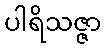
ပါရိသဇ္ဇာ